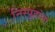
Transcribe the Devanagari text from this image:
निस्पृहांना